Civil Veterinary Department. Central Provinces & Berar 1932-41 - 1932-1941
Year: 1932
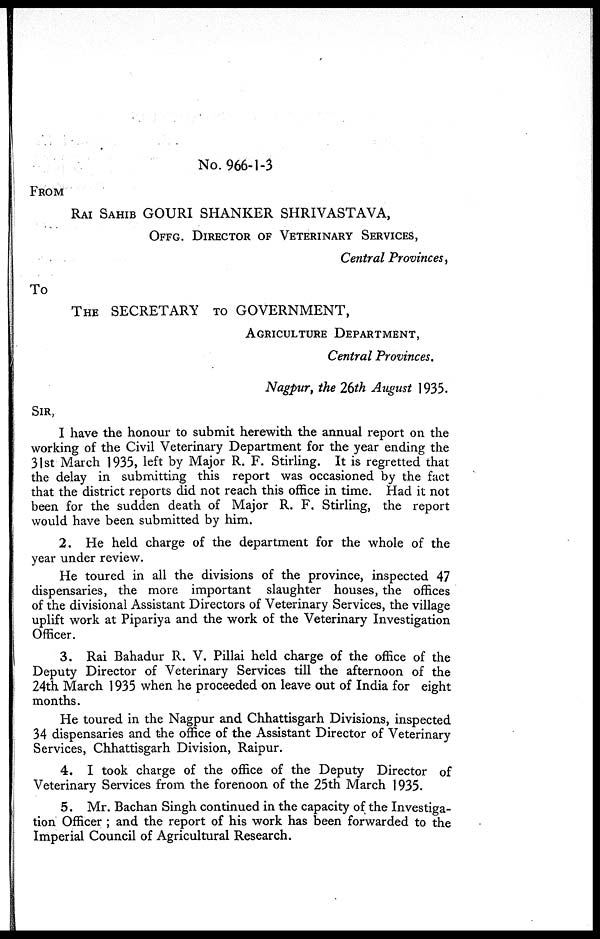
No. 966-1-3
FROM
RAI SAHIB GOURI SHANKER SHRIVASTAVA,
OFFG. DIRECTOR OF VETERINARY SERVICES,
Central Provinces,
To
THE SECRETARY TO GOVERNMENT,
AGRICULTURE DEPARTMENT,
Central Provinces.
Nagpur, the 26th August 1935.
SIR,
I have the honour to submit herewith the annual report on the
working of the Civil Veterinary Department for the year ending the
31st March 1935, left by Major R. F. Stirling. It is regretted that
the delay in submitting this report was occasioned by the fact
that the district reports did not reach this office in time. Had it not
been for the sudden death of Major R. F. Stirling, the report
would have been submitted by him.
2. He held charge of the department for the whole of the
year under review.
He toured in all the divisions of the province, inspected 47
dispensaries, the more important slaughter houses, the offices
of the divisional Assistant Directors of Veterinary Services, the village
uplift work at Pipariya and the work of the Veterinary Investigation
Officer.
3. Rai Bahadur R. V. Pillai held charge of the office of the
Deputy Director of Veterinary Services till the afternoon of the
24th March 1935 when he proceeded on leave out of India for eight
months.
He toured in the Nagpur and Chhattisgarh Divisions, inspected
34 dispensaries and the office of the Assistant Director of Veterinary
Services, Chhattisgarh Division, Raipur.
4. I took charge of the office of the Deputy Director of
Veterinary Services from the forenoon of the 25th March 1935.
5. Mr. Bachan Singh continued in the capacity of the Investiga-
tion Officer; and the report of his work has been forwarded to the
Imperial Council of Agricultural Research.